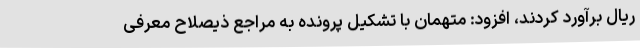
ریال برآورد کردند، افزود: متهمان با تشکیل پرونده به مراجع ذیصلاح معرفی